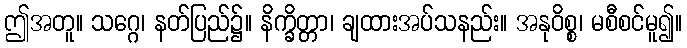
ဤအတူ။ သဂ္ဂေ၊ နတ်ပြည်၌။ နိက္ခိတ္တာ၊ ချထားအပ်သနည်း။ အနုဝိစ္စ၊ မစီစင်မူ၍။